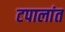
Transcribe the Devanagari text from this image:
टपालांत